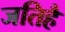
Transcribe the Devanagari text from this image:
जतिहै